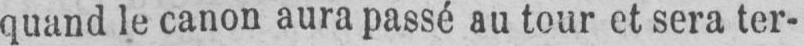
quand le canon aura passé au tour et sera ter-